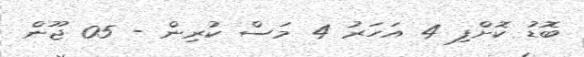
ބޮޑު ކޮށްފި 4 އަހަރު 4 މަސް ކުރިން - 05 ޖޫން